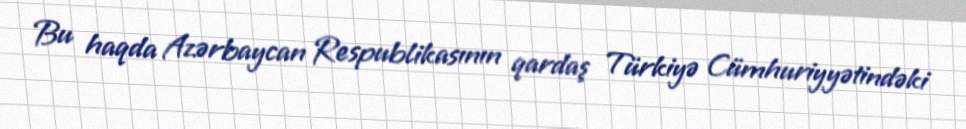
Bu haqda Azərbaycan Respublikasının qardaş Türkiyə Cümhuriyyətindəki